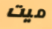
ميت